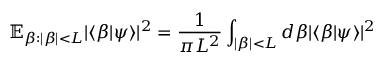
\mathbb { E } _ { \beta : | \beta | < L } | \langle \beta | \psi \rangle | ^ { 2 } = \frac { 1 } { \pi L ^ { 2 } } \int _ { | \beta | < L } d \beta | \langle \beta | \psi \rangle | ^ { 2 }